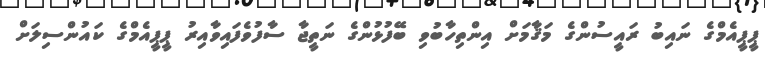
ޕީޕީއެމްގެ ނައިބު ރައީސުންގެ މަޤާމަށް އިންތިހާބުވި ބޭފުޅުންގެ ނަތީޖާ ސާފުވެފައިވާއިރު ޕީޕީއެމްގެ ކައުންސިލަށް